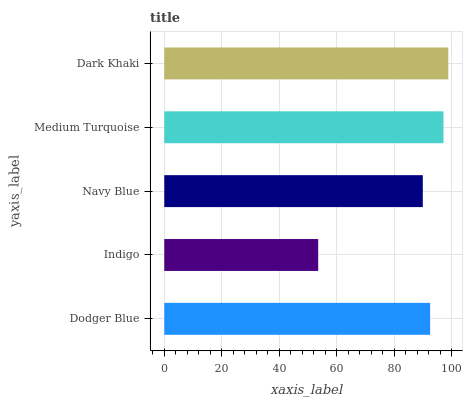
| yaxis_label | bars |
 | --- | --- |
 | Dodger Blue | 92.5 |
 | Indigo | 53.6 |
 | Navy Blue | 90 |
 | Medium Turquoise | 97.2 |
 | Dark Khaki | 98.8 |